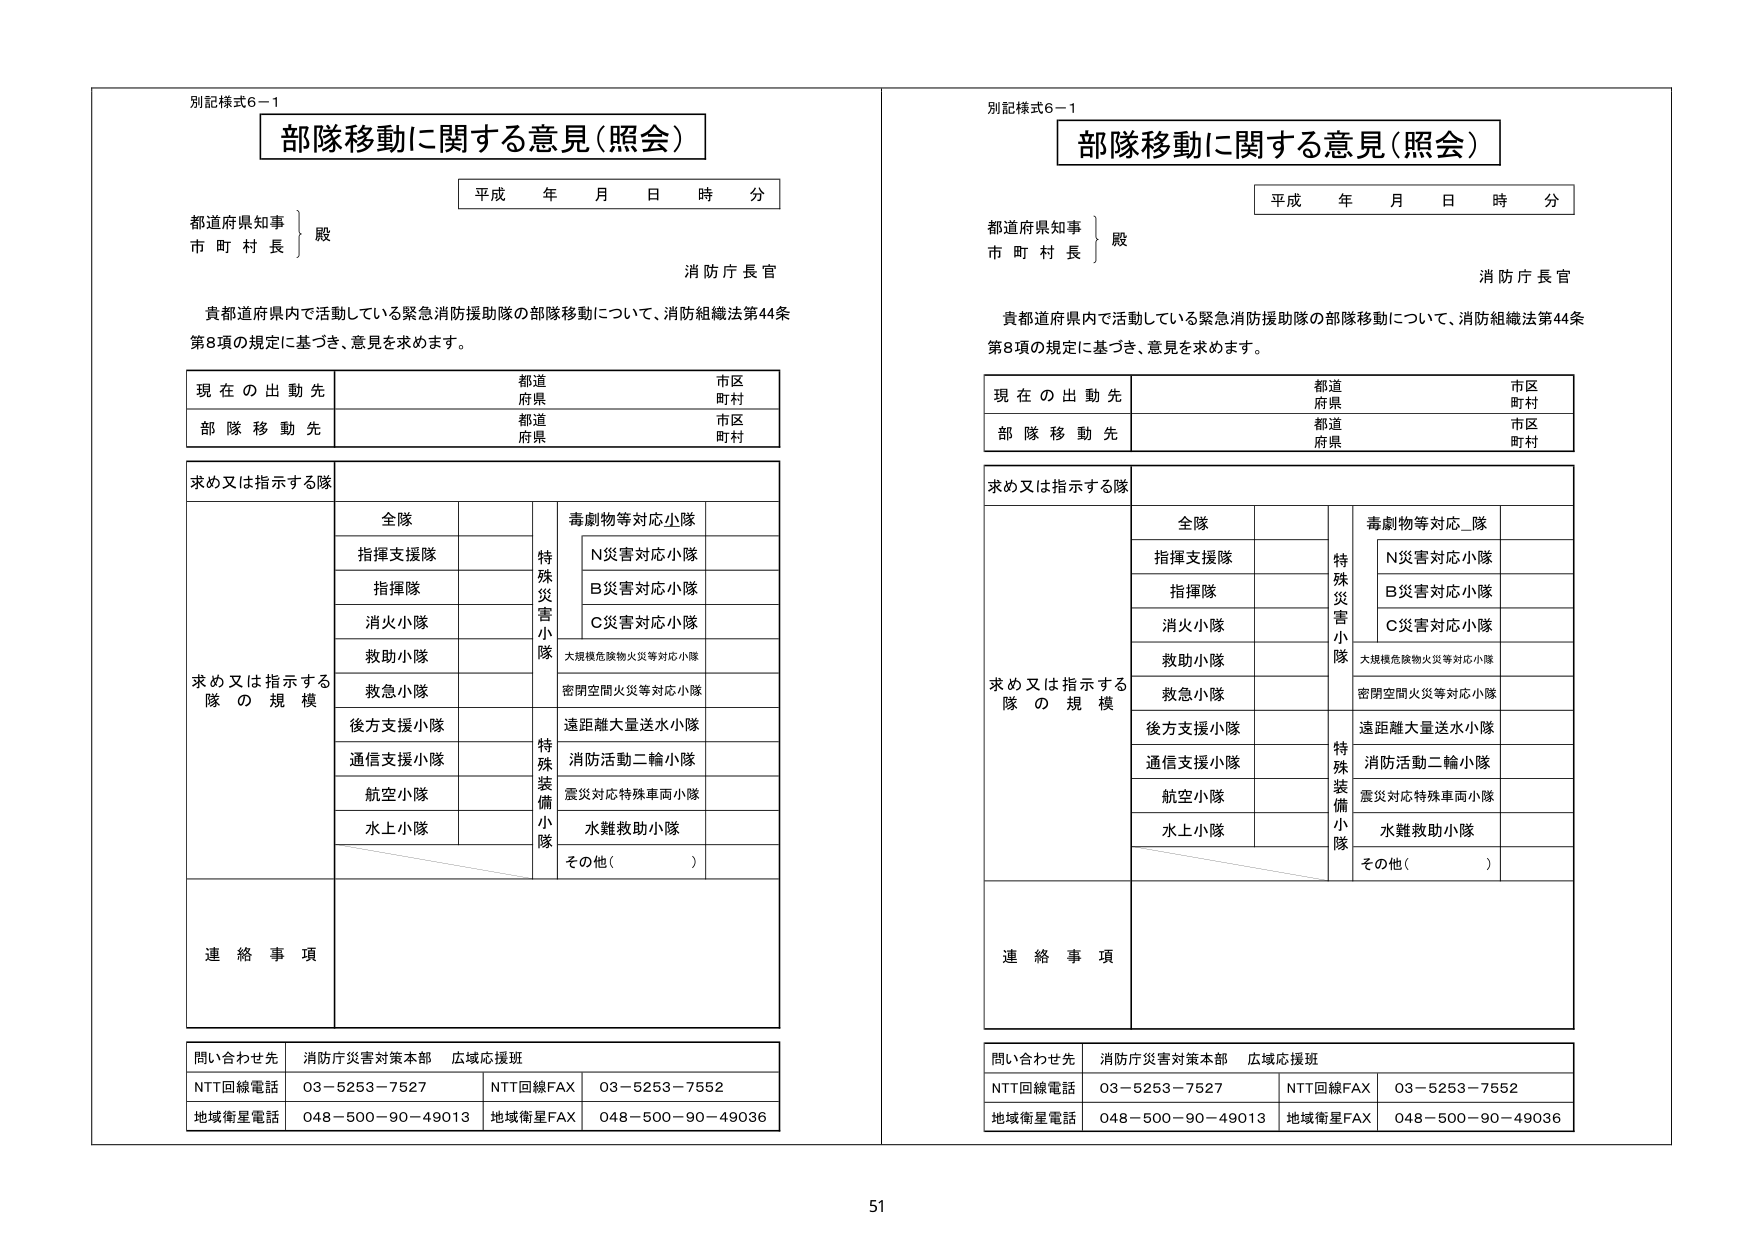
別記様式6－1
部隊移動に関する意見（照会）
平成 年 月 日 時 分
都道府県知事
市 町 村 長
殿
消防庁長官
貴都道府県内で活動している緊急消防援助隊の部隊移動について、消防組織法第44条第8項の規定に基づき、意見を求めます。
現在の出動先
都道府県
市区町村
部隊移動先
都道府県
市区町村
求め又は指示する隊
全隊
特殊災害小隊
毒劇物等対応小隊
N災害対応小隊
B災害対応小隊
C災害対応小隊
大規模危険物火災等対応小隊
密閉空間火災等対応小隊
後方支援小隊
遠距離大量送水小隊
通信支援小隊
消防活動二輪小隊
航空小隊
震災対応特殊車両小隊
水上小隊
水難救助小隊
その他（　　）
求め又は指示する隊の規模
連絡事項
問い合わせ先
消防庁災害対策本部 広域応援班
NTT回線電話 03－5253－7527
NTT回線FAX 03－5253－7552
地域衛星電話 048－500－90－49013
地域衛星FAX 048－500－90－49036

別記様式6－1
部隊移動に関する意見（照会）
平成 年 月 日 時 分
都道府県知事
市 町 村 長
殿
消防庁長官
貴都道府県内で活動している緊急消防援助隊の部隊移動について、消防組織法第44条第8項の規定に基づき、意見を求めます。
現在の出動先
都道府県
市区町村
部隊移動先
都道府県
市区町村
求め又は指示する隊
全隊
特殊災害小隊
毒劇物等対応_隊
N災害対応小隊
B災害対応小隊
C災害対応小隊
大規模危険物火災等対応小隊
密閉空間火災等対応小隊
後方支援小隊
遠距離大量送水小隊
通信支援小隊
消防活動二輪小隊
航空小隊
震災対応特殊車両小隊
水上小隊
水難救助小隊
その他（　　）
求め又は指示する隊の規模
連絡事項
問い合わせ先
消防庁災害対策本部 広域応援班
NTT回線電話 03－5253－7527
NTT回線FAX 03－5253－7552
地域衛星電話 048－500－90－49013
地域衛星FAX 048－500－90－49036

51